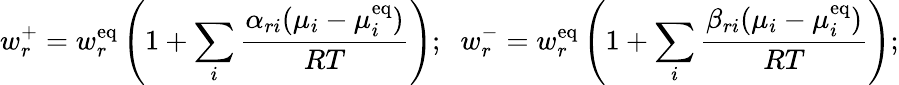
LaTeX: w_{r}^{+}=w_{r}^{\mathrm{{eq}}}\left(1+\sum_{i}{\frac{\alpha_{ri}(\mu_{i}-\mu_{i}^{\mathrm{{eq}}})}{RT}}\right);\; \; w_{r}^{-}=w_{r}^{\mathrm{{eq}}}\left(1+\sum_{i}{\frac{\beta_{ri}(\mu_{i}-\mu_{i}^{\mathrm{{eq}}})}{RT}}\right);